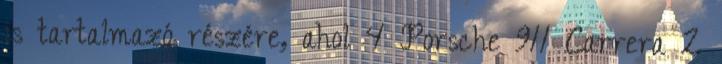
is tartalmazó részére, ahol 4 Porsche 911 Carrera 2